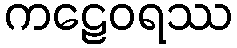
ကဠေဝရဿ